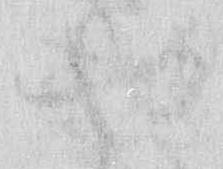
せ